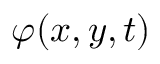
\varphi ( x , y , t )